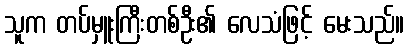
သူက တပ်မှူးကြီးတစ်ဦး၏ လေသံဖြင့် မေးသည်။